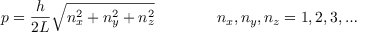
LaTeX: p = { \frac { h } { 2 L } } { \sqrt { n _ { x } ^ { 2 } + n _ { y } ^ { 2 } + n _ { z } ^ { 2 } } } \qquad \qquad n _ { x } , n _ { y } , n _ { z } = 1 , 2 , 3 , \ldots